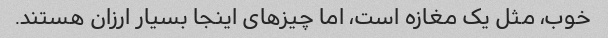
خوب، مثل یک مغازه است، اما چیزهای اینجا بسیار ارزان هستند.